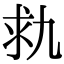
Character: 㐜